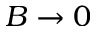
B \rightarrow 0